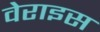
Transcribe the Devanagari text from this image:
वेराइस